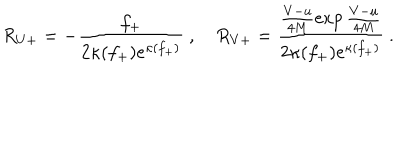
R _ { U + } = - \frac { f _ { + } } { 2 \kappa ( f _ { + } ) e ^ { \kappa ( f _ { + } ) } } \ , \quad R _ { V + } = \frac { \frac { V - u } { 4 M } \exp \frac { V - u } { 4 M } } { 2 \kappa ( f _ { + } ) e ^ { \kappa ( f _ { + } ) } } \ .